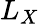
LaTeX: L_{X}